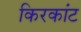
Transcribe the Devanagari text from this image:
किरकांट